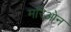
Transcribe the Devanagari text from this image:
मरिओन